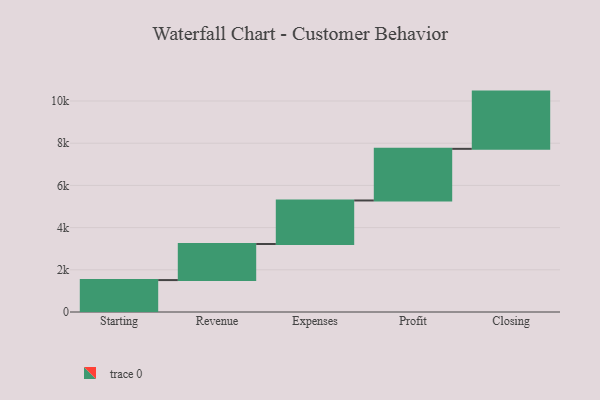
{"axis": {"x": "Step", "y": "Value"}, "legend": [""], "data": [{"x": "Starting", "y": 1513.0, "type": ""}, {"x": "Revenue", "y": 1709.0, "type": ""}, {"x": "Expenses", "y": 2064.0, "type": ""}, {"x": "Profit", "y": 2447.0, "type": ""}, {"x": "Closing", "y": 2713.0, "type": ""}]}